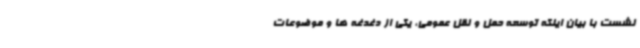
نشست با بیان اینکه توسعه حمل و نقل عمومی، یکی از دغدغه ها و موضوعات